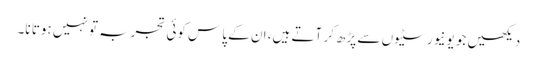
دیکھیں جو یونیورسٹیوں سے پڑھ کر آتے ہیں، ان کے پاس کوئی تجربہ تو نہیں ہوتا نا۔